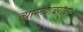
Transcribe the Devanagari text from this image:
त्यान्च्याबराबर